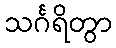
သင်္ဂရိတွာ